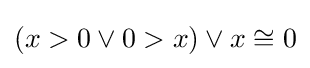
(x>0\lor 0>x)\lor x\cong 0